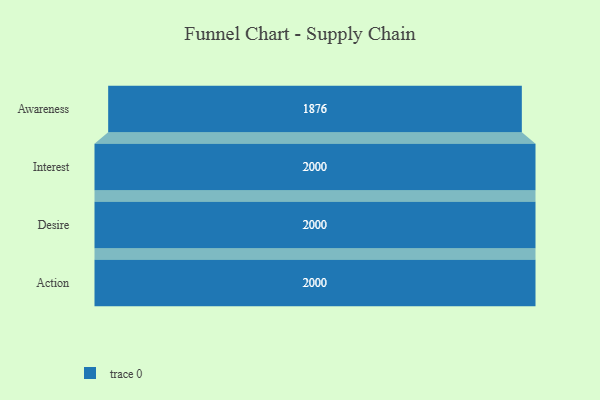
{"axis": {"x": "Stage", "y": "Value"}, "legend": [""], "data": [{"x": "Awareness", "y": 1876.0, "type": ""}, {"x": "Interest", "y": 2000, "type": ""}, {"x": "Desire", "y": 2000, "type": ""}, {"x": "Action", "y": 2000, "type": ""}]}